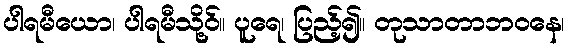
ပါရမီယော၊ ပါရမီသို့ဝ်။ ပူရေ၊ ပြည့်၍။ တုသာတာဘဝနေ၊